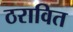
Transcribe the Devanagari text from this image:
ठरावित